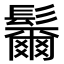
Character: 𩯨